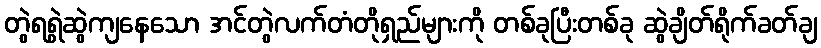
တွဲရရွဲဆွဲကျနေသော အင်တွဲလက်တံတိုရှည်များကို တစ်ခုပြီးတစ်ခု ဆွဲချိတ်ရိုက်ခတ်ချ